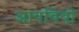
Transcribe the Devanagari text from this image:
आयबिबो